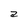
Character: a